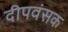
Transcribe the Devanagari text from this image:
दीपवंसक